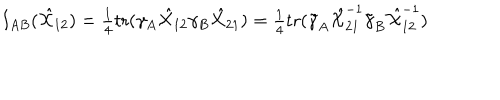
I _ { A B } ( \hat { { \cal X } } _ { 1 2 } ) = \textstyle { \frac { 1 } { 4 } } \mathrm { t r } ( \gamma _ { A } \hat { { \cal X } } _ { 1 2 } \gamma _ { B } \hat { { \cal X } } _ { 2 1 } ) = \textstyle { \frac { 1 } { 4 } } \mathrm { t r } ( \tilde { \gamma } _ { A } \hat { { \cal X } } _ { 2 1 } ^ { - 1 } \tilde { \gamma } _ { B } \hat { { \cal X } } _ { 1 2 } ^ { - 1 } )